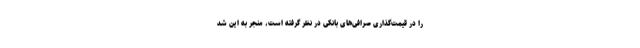
را در قیمت‌گذاری صرافی‌های بانکی در نظر گرفته است، منجر به این شد